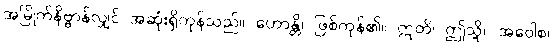
အမြိုက်နိဗ္ဗာန်လျှင် အဆုံးရှိကုန်သည်။ ဟောန္တိ၊ ဖြစ်ကုန်၏။ ဣတိ၊ ဤသို့။ အဝေါစ၊